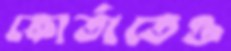
কোর্তাতেও